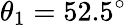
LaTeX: \theta_{1}=52.5^{\circ}